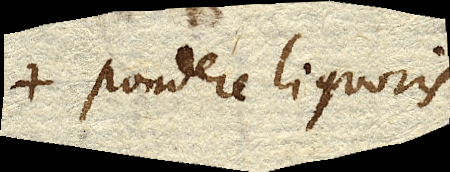
pondere liquoris